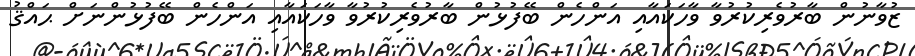
ޒުވާނުން ބާރުވެރިކުރުވާ ވާހަކައާއި އަންހެން ބޭފުޅުން ބާރުވެރިކުރުވާ ވާހަކައާއި އަންހެން ބޭފުޅުންނަށް ޙައްޤު